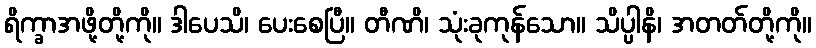
ရိက္ခာအဖို့တို့ကို။ ဒါပေသိ၊ ပေးစေပြီ။ တီဏိ၊ သုံးခုကုန်သော။ သိပ္ပါနိ၊ အတတ်တို့ကို။